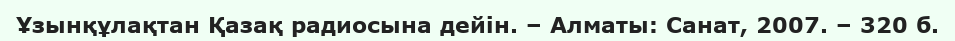
Ұзынқұлақтан Қазақ радиосына дейін. – Алматы: Санат, 2007. – 320 б.